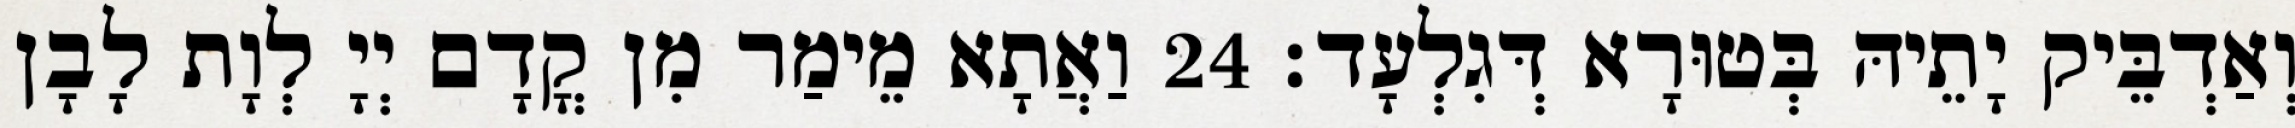
וְאַדְבֵּיק יָתֵיהּ בְּטוּרָא דְּגִלְעָד׃ 24 וַאֲתָא מֵימַר מִן קֳדָם יְיָ לְוָת לָבָן